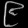
Digit: ၉